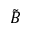
\tilde { B }